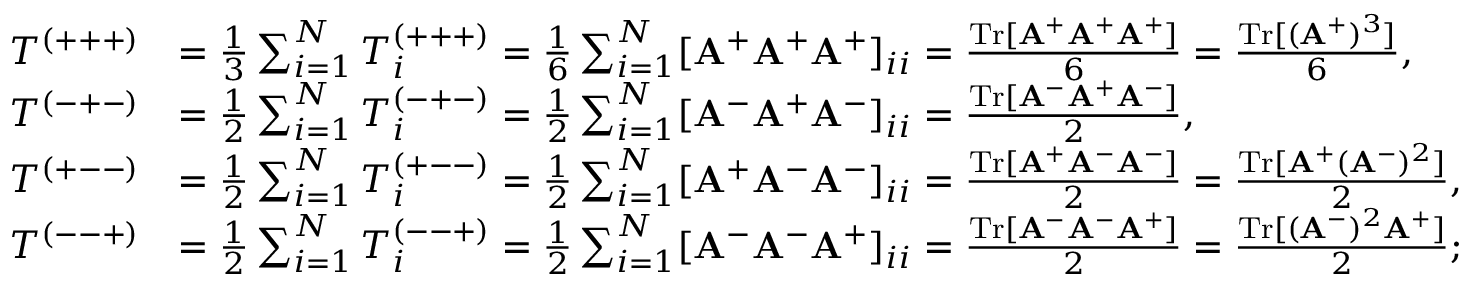
\begin{array} { r l } { T ^ { ( + + + ) } } & { = \frac { 1 } { 3 } \sum _ { i = 1 } ^ { N } T _ { i } ^ { ( + + + ) } = \frac { 1 } { 6 } \sum _ { i = 1 } ^ { N } [ \mathbf { A } ^ { + } \mathbf { A } ^ { + } \mathbf { A } ^ { + } ] _ { i i } = \frac { \mathrm { T r } [ \mathbf { A } ^ { + } \mathbf { A } ^ { + } \mathbf { A } ^ { + } ] } { 6 } = \frac { \mathrm { T r } [ ( \mathbf { A } ^ { + } ) ^ { 3 } ] } { 6 } , } \\ { T ^ { ( - + - ) } } & { = \frac { 1 } { 2 } \sum _ { i = 1 } ^ { N } T _ { i } ^ { ( - + - ) } = \frac { 1 } { 2 } \sum _ { i = 1 } ^ { N } [ \mathbf { A } ^ { - } \mathbf { A } ^ { + } \mathbf { A } ^ { - } ] _ { i i } = \frac { \mathrm { T r } [ \mathbf { A } ^ { - } \mathbf { A } ^ { + } \mathbf { A } ^ { - } ] } { 2 } , } \\ { T ^ { ( + -- ) } } & { = \frac { 1 } { 2 } \sum _ { i = 1 } ^ { N } T _ { i } ^ { ( + -- ) } = \frac { 1 } { 2 } \sum _ { i = 1 } ^ { N } [ \mathbf { A } ^ { + } \mathbf A ^ { - } \mathbf { A } ^ { - } ] _ { i i } = \frac { \mathrm { T r } [ \mathbf { A } ^ { + } \mathbf { A } ^ { - } \mathbf { A } ^ { - } ] } { 2 } = \frac { \mathrm { T r } [ \mathbf { A } ^ { + } ( \mathbf { A } ^ { - } ) ^ { 2 } ] } { 2 } , } \\ { T ^ { ( -- + ) } } & { = \frac { 1 } { 2 } \sum _ { i = 1 } ^ { N } T _ { i } ^ { ( -- + ) } = \frac { 1 } { 2 } \sum _ { i = 1 } ^ { N } [ \mathbf { A } ^ { - } \mathbf { A } ^ { - } \mathbf { A } ^ { + } ] _ { i i } = \frac { \mathrm { T r } [ \mathbf { A } ^ { - } \mathbf A ^ { - } \mathbf { A } ^ { + } ] } { 2 } = \frac { \mathrm { T r } [ ( \mathbf { A } ^ { - } ) ^ { 2 } \mathbf { A } ^ { + } ] } { 2 } ; } \end{array}